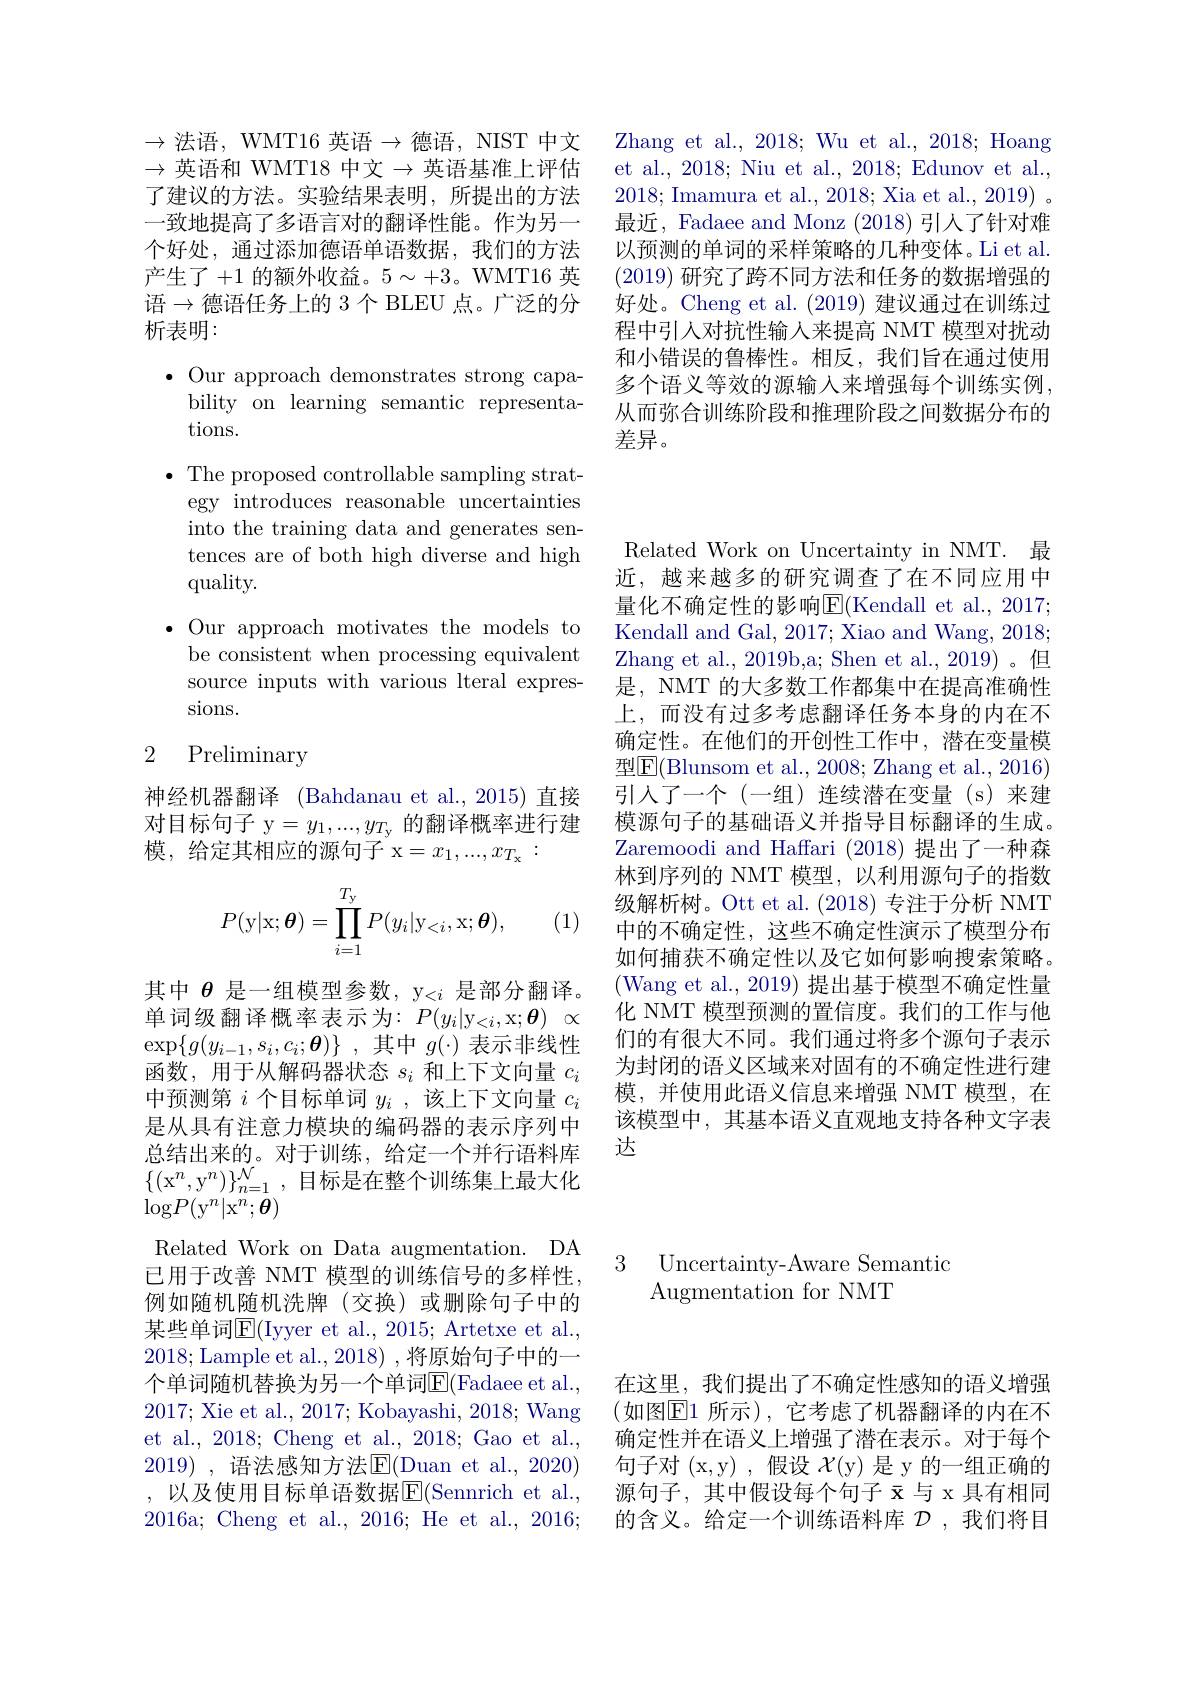
Zhang et al., 2018; Wu et al., 2018; Hoang et al., 2018; Niu et al., 2018; Edunov et al., 2018; Imamura et al., 2018; Xia et al., 2019) 。最近，Fadaee and Monz (2018) 引人了针对难以预测的单词的采样策略的几种变体。Li et al (2019)研究了跨不同方法和任务的数据增强的好处。Cheng et al. (2019)建议通过在训练过程中引人对抗性输入来提高 NMT 模型对扰动和小错误的鲁棒性。相反，我们旨在通过使用多个语义等效的源输入来增强每个训练实例， 从而弥合训练阶段和推理阶段之间数据分布的差异。

$\to$法语，WMT16 英语$\to$德语，NIST 中文$\to$英语和 WMT18 中文$\to$英语基准上评估了建议的方法。实验结果表明，所提出的方法一致地提高了多语言对的翻译性能。作为另一个好处，通过添加德语单语数据，我们的方法产生了+1的额外收益。$5\sim+3$。WMT16 英语$\to$德语任务上的 3个 BLEU 点。广泛的分析表明：

$\bullet$ Our approach demonstrates strong capa-
bility on learning semantic representa-
tions.
$\bullet$ The proposed controllable sampling strategy introduces reasonable uncertainties into the training data and generates sentences are of both high diverse and high quality.
$\bullet$ Our approach motivates the models to
be consistent when processing equivalent source inputs with various lteral expressions.

### 2 Preliminary

神经机器翻译 (Bahdanau et al.,2015)直接对目标句子 y$=y_1,...,y_{T_\mathrm{y}}$的翻译概率进行建模，给定其相应的源句子 x$=x_1,...,x_{T_{\mathrm{x}}}:$
$$P(\mathrm y|\mathrm x;\boldsymbol\theta)=\prod_{i=1}^{T_\mathrm y}P(y_i|\mathrm y_{<i},\mathrm x;\boldsymbol\theta),$$
(1)

Related Work on Data augmentation. DA

其中$\theta$是一组模型参数，y$<i$是部分翻译。单词级翻译概率表示为：$P( y_i| \mathrm{y} _{< i}$,x; $\theta)$ $\propto$ $\exp \{ g( y_{i- 1}, s_{i}, c_{i}; \boldsymbol{\theta }) \}$ ,其中$g(\cdot)$表示非线性函数，用于从解码器状态$s_i$和上下文向量$c_i$ 中预测第$i$个目标单词$y_i$ ,该上下文向量$c_i$ 是从具有注意力模块的编码器的表示序列中总结出来的。对于训练，给定一个并行语料库$\{(\mathrm{x}^n,\mathrm{y}^n)\}_{n=1}^{\mathcal{N}}$,目标是在整个训练集上最大化$\log P(\mathrm{y}^n|\mathrm{x}^n;\boldsymbol{\theta})$
已用于改善 NMT 模型的训练信号的多样性， 例如随机随机洗牌(交换)或删除句子中的某些单词$\overline{\mathrm{E}}($Iyyer et al., 2015; Artetxe et al., 2018; Lample et al., 2018) ,将原始句子中的一个单词随机替换为另一个单词$\overline{\mathrm{E}}($Fadaee et al. 2017; Xie et al., 2017; Kobayashi, 2018; Wang et al., 2018; Cheng et al., 2018; Gao et al., 2019) , 语法感知方法$\operatorname{E}($Duan et al., 2020) ,以及使用目标单语数据$\overline{\mathrm{E}}($Sennrich et al., 2016a; Cheng et al., 2016; He et al., 2016;

Related Work on Uncertainty in NMT. 最近，越来越多的研究调查了在不同应用中量化不确定性的影响$\overline{\mathrm{E}}($Kendall et al., 2017; Kendall and Gal, 2017; Xiao and Wang, 2018; Zhang et al. , 2019b, a; Shen et al. , 2019) 。但 是，NMT 的大多数工作都集中在提高准确性上，而没有过多考虑翻译任务本身的内在不确定性。在他们的开创性工作中，潜在变量模型$\boxed{\mathrm{F}}($Blunsom et al., 2008; Zhang et al., 2016) 引入了一个(一组)连续潜在变量(s)来建模源句子的基础语义并指导目标翻译的生成。Zaremoodi and Haffari (2018)提出了一种森林到序列的 NMT 模型，以利用源句子的指数级解析树。Ott et al.(2018)专注于分析 NMT 中的不确定性，这些不确定性演示了模型分布如何捕获不确定性以及它如何影响搜索策略。(Wang et al., 2019) 提出基于模型不确定性量化 NMT 模型预测的置信度。我们的工作与他们的有很大不同。我们通过将多个源句子表示为封闭的语义区域来对固有的不确定性进行建模，并使用此语义信息来增强 NMT 模型，在该模型中，其基本语义直观地支持各种文字表达

3 Uncertainty-Aware Semantio
## ${\mathrm{Augmentation~for~NMT}}$

在这里，我们提出了不确定性感知的语义增强(如图$\mathbb{E}1$ 所示),它考虑了机器翻译的内在不确定性并在语义上增强了潜在表示。对于每个句子对 (x,y) ,假设$\mathcal{X}$(y)是 y 的一组正确的源句子，其中假设每个句子$\bar{\mathrm{x}}$与 x 具有相同的含义。给定一个训练语料库$\mathcal{D}$ ,我们将目